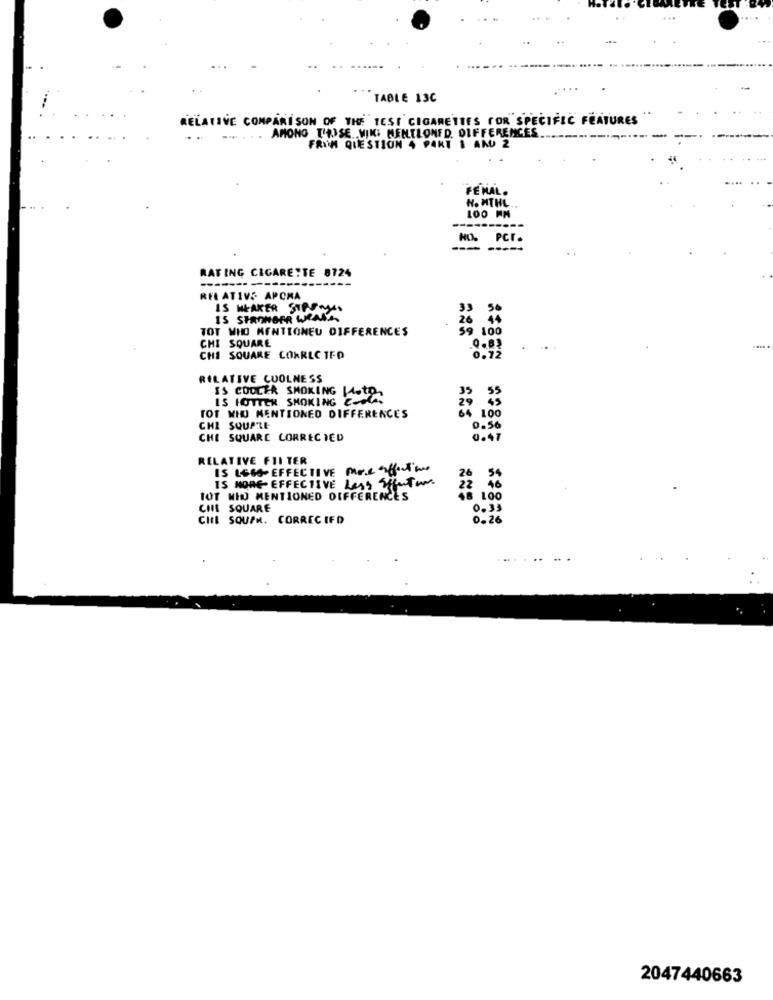
TABLE 13C
RELATIVE COMPARISON OF THE TESI CIGARETTES FOR SPECIFIC FEATURES
AMONG T'AISE VIK: MENTLONFD. DIFFERENCES.
FROM QUESTION 4 PART 1 AND 2
FEMAL.
H. HTHL
LOO NN
PCI
RATING CIGARETTE 8724
RELATIVE APOKA
IS WEAKER STPAN
33
IS STRONGER WRACA
26
44
TOT WHO MENTIONEU DIFFERENCES
59 100
CHI SQUARE
Q-83
CHI SQUARE CORREC TED
0.72
RELATIVE COOLNESS
IS COOLER SMOKING MotD
IS HOTTER SMOKING CC
29 55
TOT WID MENTIONED DIFFERENCES
64 100
CHI SQUARE
0.56
CHE SQUARE CORREC TED
0.47
RELATIVE FILTER
IS LESS-EFFECTIVE More affectione
26
40
54
IS MORE EFFECTIVE Less Effector
22
TOT WIDO MENTIONED DIFFERENCES
48 100
CHI SQUARE
0.33
CHIL SQUFR. CORREC IFD
0.26
...
2047440663